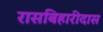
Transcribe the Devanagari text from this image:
रासबिहारीदास